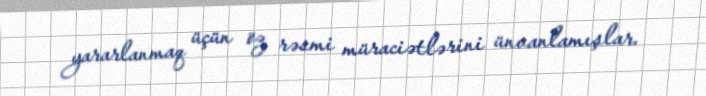
yararlanmaq üçün öz rəsmi müraciətlərini ünvanlamışlar.